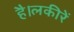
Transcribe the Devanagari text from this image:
है।लकीरें